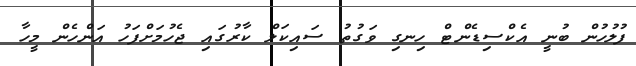
ފުލުހުން ބުނީ އެކްސިޑެންޓް ހިނގި ވަގުތު ސައިކަލް ކާރުގައި ޖެހުމަށްފަހު އަންހެން މީހާ